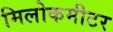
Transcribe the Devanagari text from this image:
मिलोकमीटर